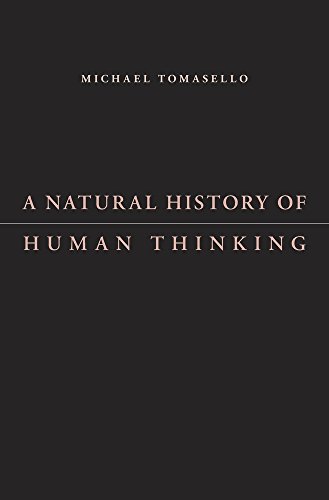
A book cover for A Natural History of Human Thinking; Michael Tomasello; Medical Books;